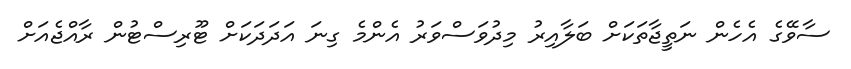
ސާވޭގެ އެހެން ނަތީޖާތަކަށް ބަލާއިރު މިދުވަސްވަރު އެންމެ ގިނަ އަދަދަކަށް ޓޫރިސްޓުން ރާއްޖެއަށް